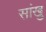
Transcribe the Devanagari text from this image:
सांखु